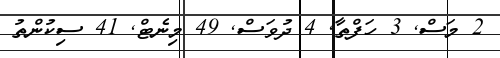
2 މަސް